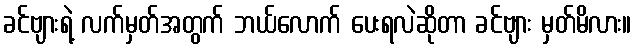
ခင်ဗျားရဲ့ လက်မှတ်အတွက် ဘယ်လောက် ပေးရလဲဆိုတာ ခင်ဗျား မှတ်မိလား။